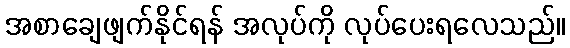
အစာချေဖျက်နိုင်ရန် အလုပ်ကို လုပ်ပေးရလေသည်။